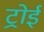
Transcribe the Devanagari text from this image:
ट्रोई